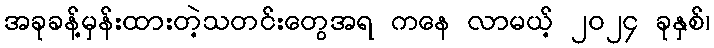
အခုခန့်မှန်းထားတဲ့သတင်းတွေအရ ကနေ လာမယ့် ၂၀၂၄ ခုနှစ်၊